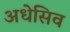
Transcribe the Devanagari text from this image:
अधेसिव